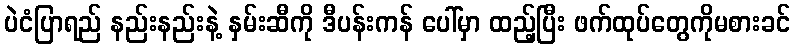
ပဲငံပြာရည် နည်းနည်းနဲ့ နှမ်းဆီကို ဒီပန်းကန် ပေါ်မှာ ထည့်ပြီး ဖက်ထုပ်တွေကိုမစားခင်